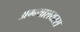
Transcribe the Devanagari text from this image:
अग्न्याशयरस